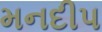
મનદીપ